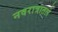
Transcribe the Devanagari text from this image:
नवरात्रातले